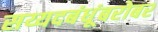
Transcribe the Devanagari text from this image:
सय्यदबंधूंबरोबर